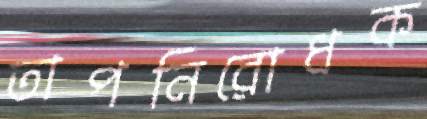
তাপনিরোধক